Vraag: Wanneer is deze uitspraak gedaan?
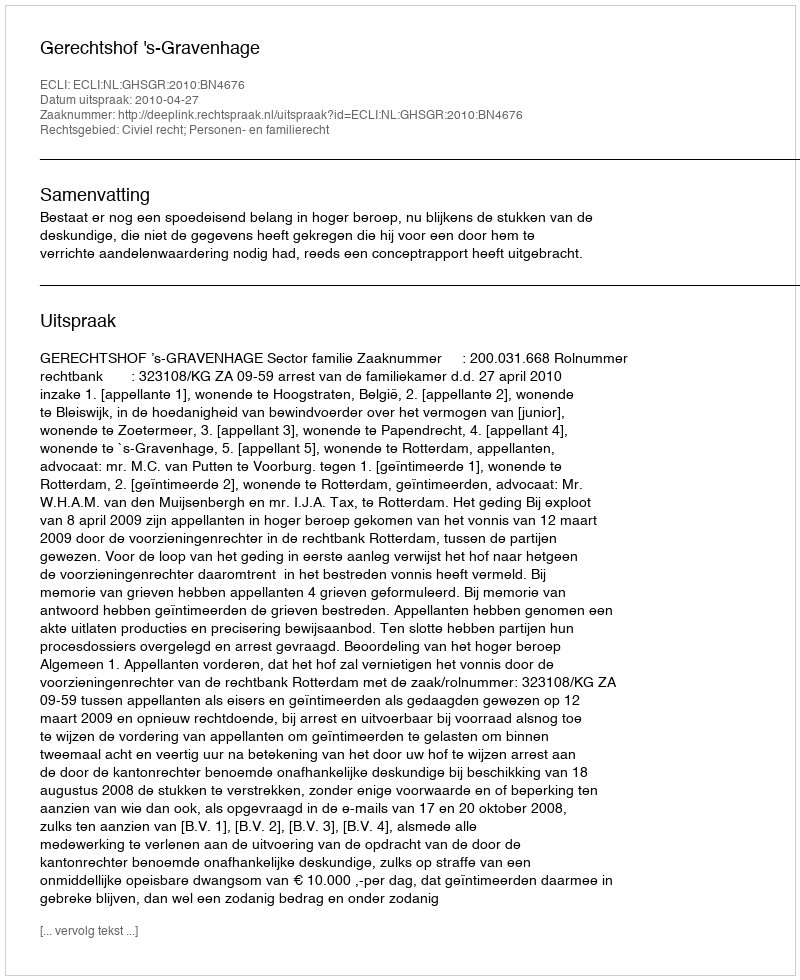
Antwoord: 2010-04-27